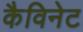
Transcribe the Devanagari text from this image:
कैविनेट